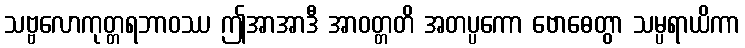
သဗ္ဗလောကုတ္တရဘာဝဿ ဤအာအာဒီ အာဝတ္တတိ အတပ္ပကော ဗောဓေတွာ သမ္ပရာယိကာ